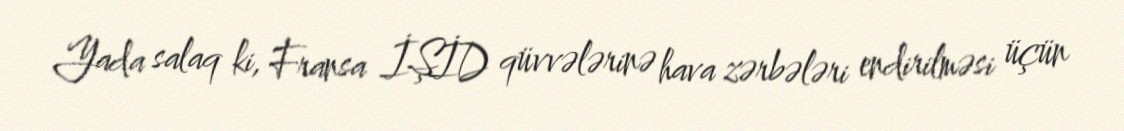
Yada salaq ki, Fransa İŞİD qüvvələrinə hava zərbələri endirilməsi üçün